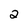
Character: 2